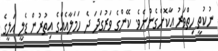
ނުކުތީ ހިތްވަރު އާކޮށްގެންނެވެ. ކޭންގެ ވަރުގަދަ ދެ ހަމަލާއެއްގެ އިތުރުން ޑެލީ އަލީގެ